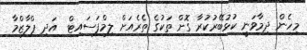
މިހެން ދިމާވަނީ ކުޅުބޭރުކުރާ ގޮށް ތަކުގެ ތެރެއަށް ލިމްފަސައިޓް  އަދި ޕްލާޒްމާ